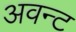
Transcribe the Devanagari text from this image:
अवन्ट